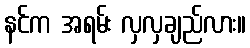
နင်က အရမ်း လှလှချည်လား။